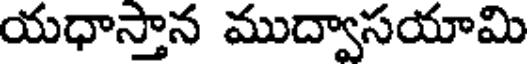
యధాస్తాన ముద్వాసయామి